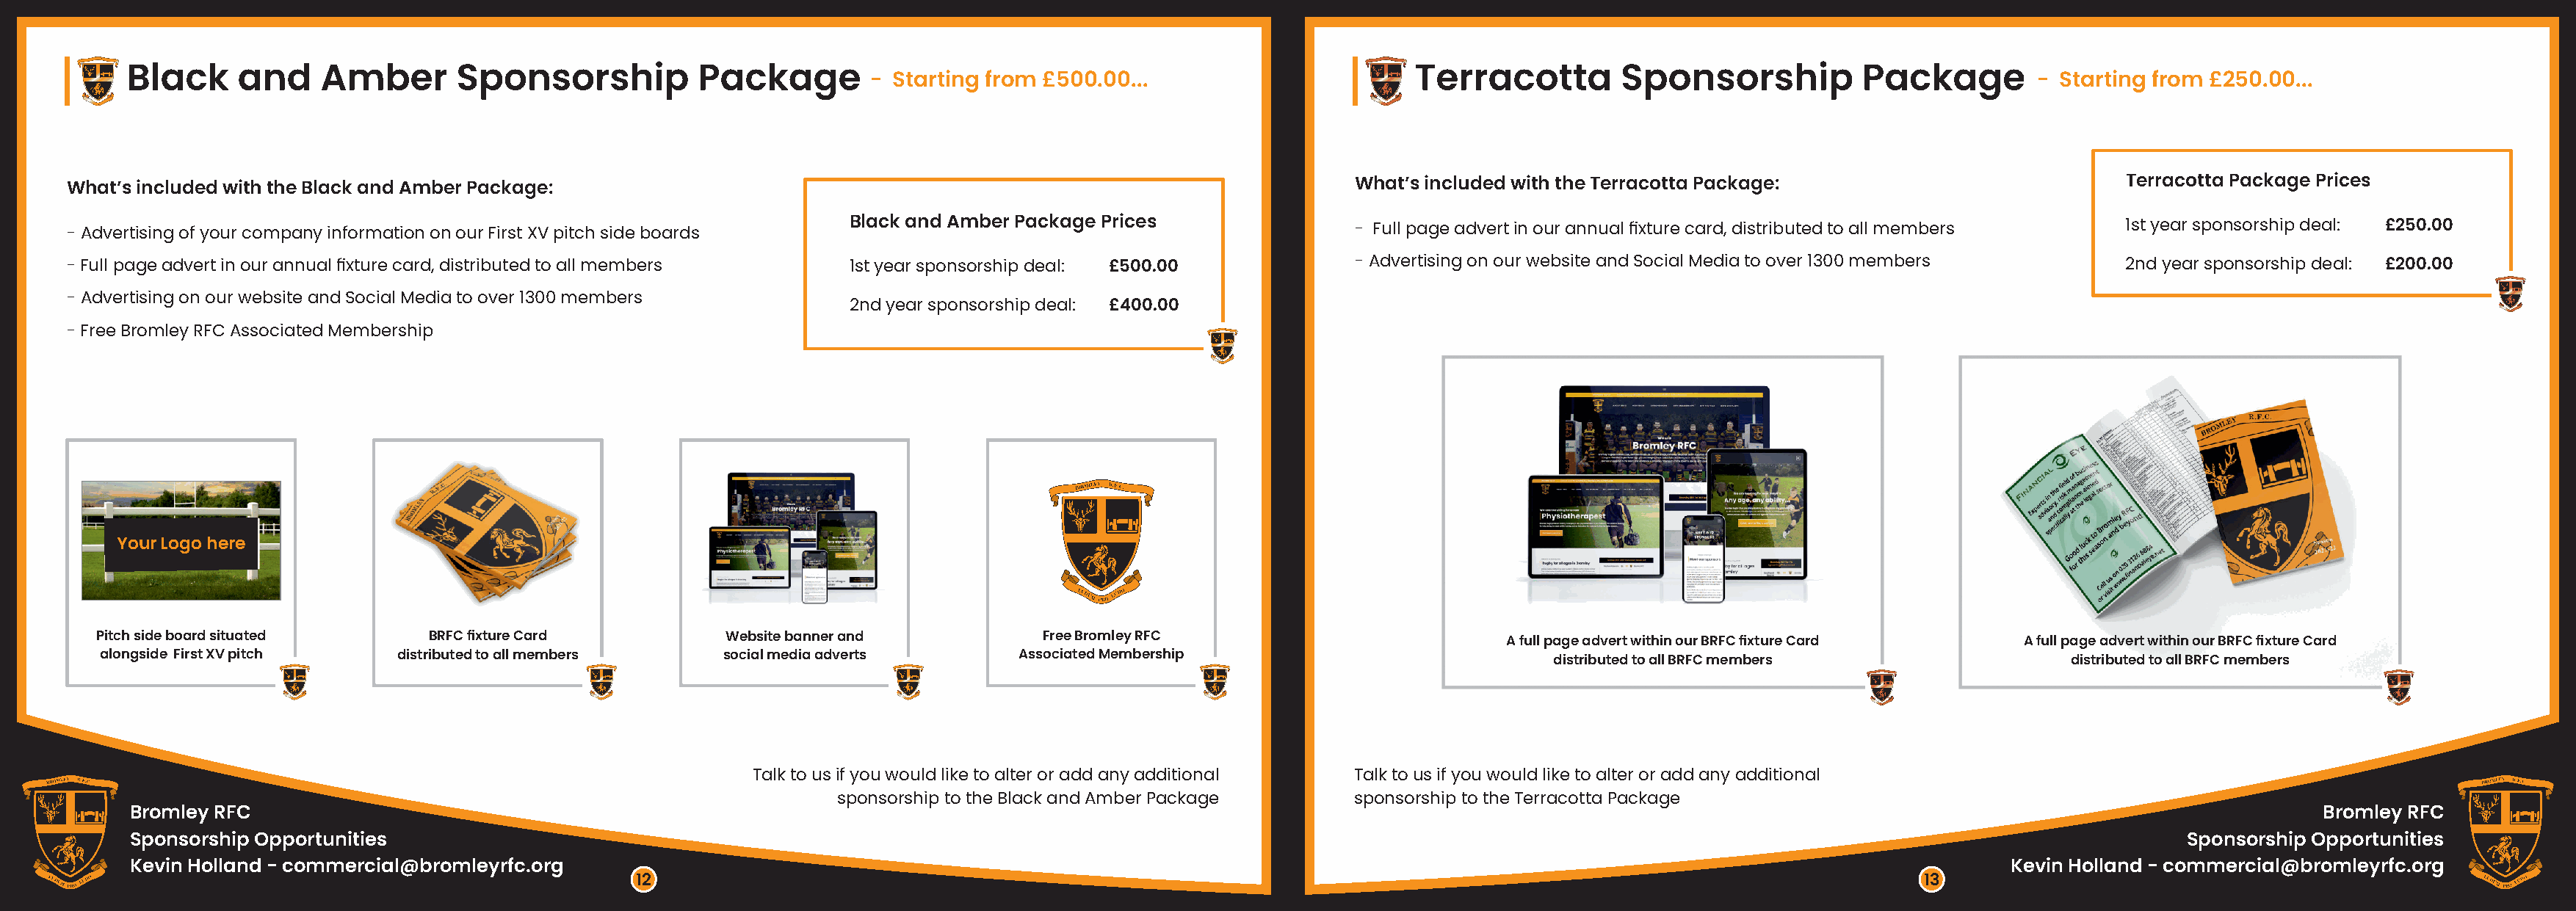
Black     and     Amber       Sponsorship           Package                                                          Terracotta        Sponsorship           Package
 - Starting from £500.00...                                                                                - Starting from £250.00...
 What’s included with the Black and Amber Package:                                                                   What’s included with the Terracotta Package:                          Terracotta Package Prices
 - Advertising of your company information on our First XV pitch side boards Black and Amber Package Prices          - Full page advert in our annual fixture card, distributed to all members 1st year sponsorship deal: £250.00
 - Full page advert in our annual fixture card, distributed to all members 1st year sponsorship deal: £500.00        - Advertising on our website and Social Media to over 1300 members    2nd year sponsorship deal: £200.00
 - Advertising on our website and Social Media to over 1300 members
 2nd year sponsorship deal: £400.00
 - Free Bromley RFC Associated Membership
 Your Logo here
 Pitch side board situated     BRFC fixture Card         Website banner and           Free Bromley RFC
 A full page advert within our BRFC fixture Card A full page advert within our BRFC fixture Card
 alongside First XV pitch   distributed to all members   social media adverts       Associated Membership
 distributed to all BRFC members                distributed to all BRFC members
 Talk to us if you would like to alter or add any additional Talk to us if you would like to alter or add any additional
 sponsorship to the Black and Amber Package     sponsorship to the Terracotta Package
 Bromley RFC                                                                                                                                                                                          Bromley RFC
 Sponsorship Opportunities                                                                                                                                                                Sponsorship Opportunities
 Kevin Holland - commercial@bromleyrfc.org                                                                                                                                Kevin Holland - commercial@bromleyrfc.org
 12                                                                                                                  13